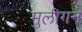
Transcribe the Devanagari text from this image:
मुलीगन